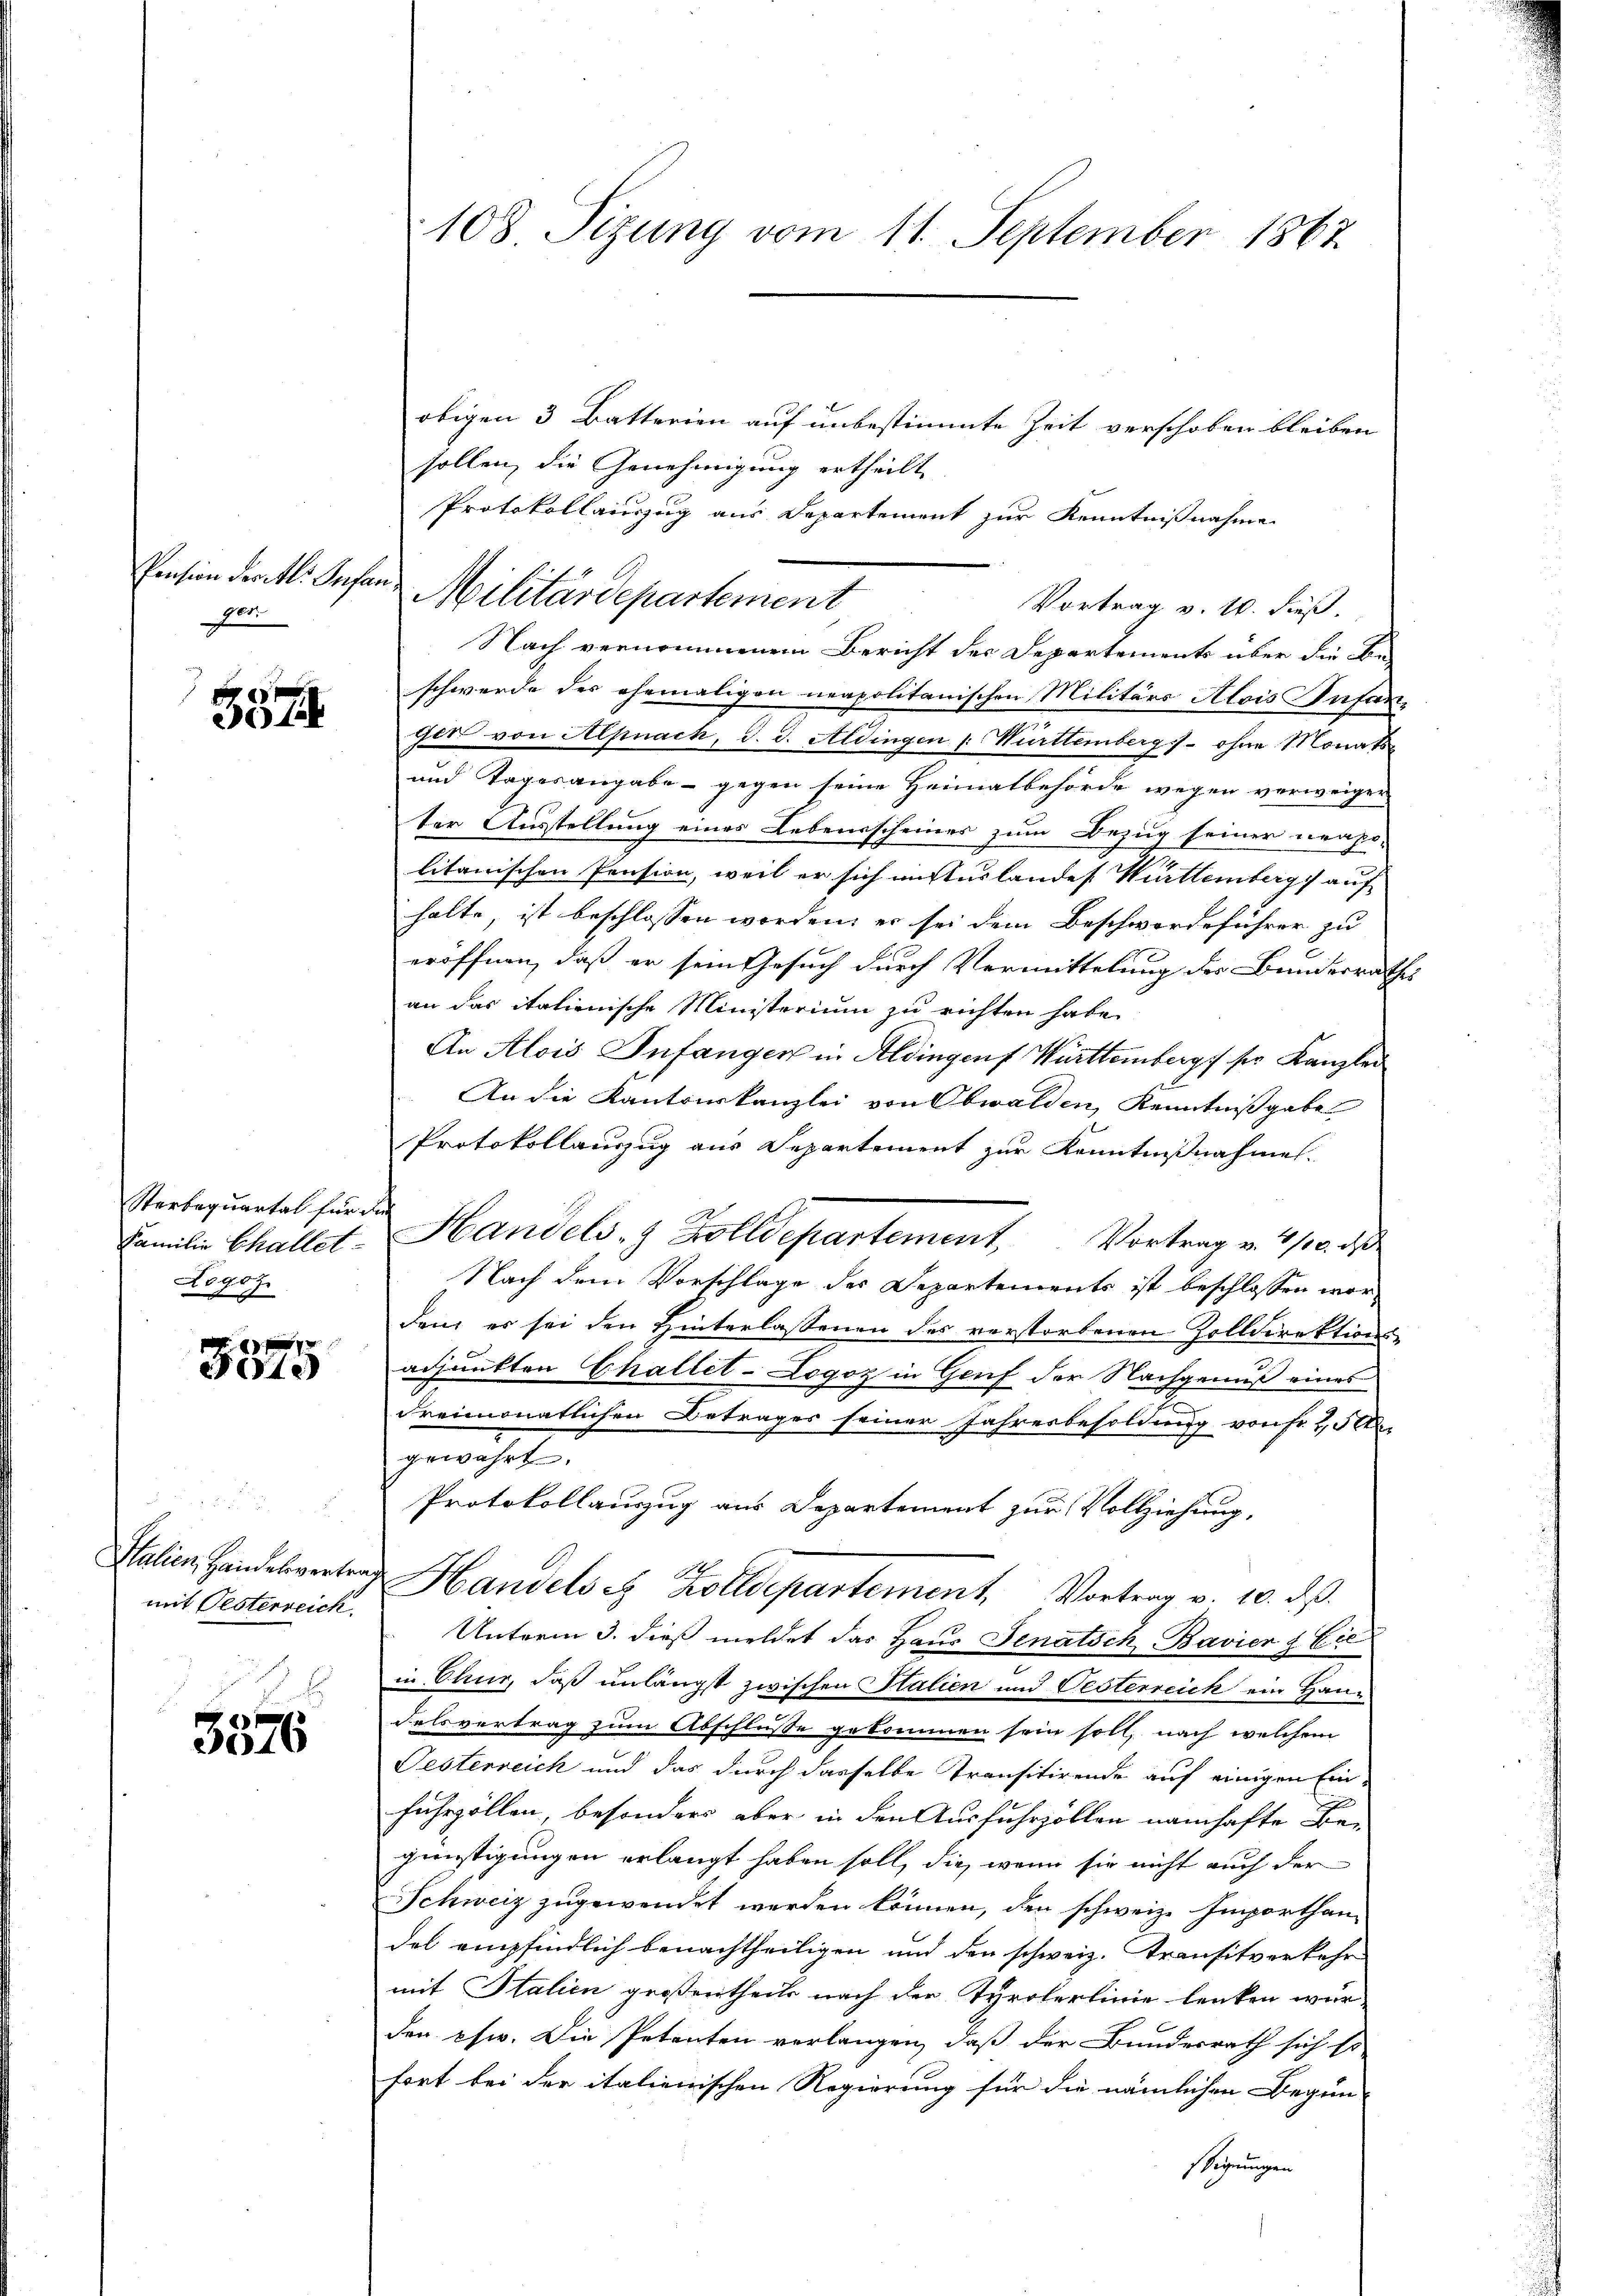
Pension der kl. Infanger.

557

Sterbaquartal für die
Rogoz

M 80 f
Feste

i
mit Oesterreich

3376

obigen 3 Batterien auf unbestimmte Zeit verschoben bleiben
sollen, die Genehmigung ertheilt
Protokollauszug aus Departement zur Kenntnißnahme
Vortrag v. 10. dieß.
Nach vernommenen Bericht des Departements über die Be-
schwerde des ehemaligen neapolitanischen Militärs Alois Infanfort von Alpnach, d. d. Aldingen " Württemberg - ohne Monats
und Tagesangabe - gegen seine Heimatbehörde wegen verweigen
ter Ausstellung eines Lebensscheines zum Bezug seiner neapo-
litanischen Pension, weil er sich in Auslandes Württemberg auf
halte, ist beschlossen worden, er sei dem Beschwerdeführer zu
eröffnen, daß er sein Gesuch durch Vermittelung der Bundesrathes
an das italienische Ministerium zu richten habe.
An Alois Infangen in Aldingen Württembergs ser Kanzlei
An die Kantonskanzlei von Obwalden, Kenntnißgabe
Protokollauszug aus Separtement zur Kenntnißnahme.
Familie Chaltet. Handels- & Zolldepartement. Vortrag v. 1/10. d.
Nach dem Vorschlage des Departements ist beschlossen wordem es sei den Hinterlassenen des verstorbenen Zolldirektions-
adjunkten Challet-Logoz in Genf der Nachgenuß eines
e
dreimonatlichen Betrages seiner Jahresbesoldung von Fr. 250
gewährt.
Protokollauszug aus Departement zur Vollziehung,
2
Italien Handesvertrag Handels u. Zolldepartement, Vortrag v. 10. ds.
Unterm 3. dieß meldet das Haus Senatsch Bavier & Eic
in Chur, daß unlängst zwischen Stalien und Oesterreich ein Haus
Felsvertrag zum Abschlusse gekommen sein soll, nach welchem
Festerreich und das durch dasselbe Transitirende auf einigen Einfuhrzöllen, besonders aber in den Ausfuhrzöllen namhafte Be-
günstigungen erlangt haben soll, die, wenn sie nicht auch der
Schweiz zugewendet werden können, den schweiz. Emporthan-
del empfindlich benachtheiligen und den schweiz. Transitverkehr
mit Italien großentheils nach der Tyrolerlinie lenken wür-
den chw. Die Petenten verlangen, daß der Bundesrath sich so
fort bei der italienischen Regierung für die nämlichen Begin
stigungen

108. Sizung vom 11. September 1867

Militärdepartement